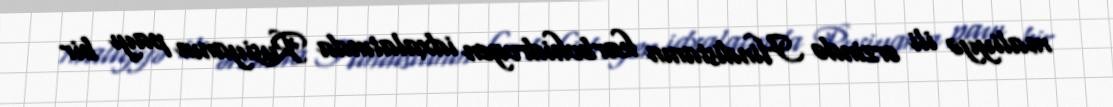
maliyyə ili ərzində Hindistanın karbohidrogen idxalatında Rusiyanın payı bir